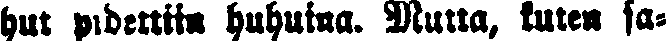
hut pidettiin huhuina. Mutta kuten sa-